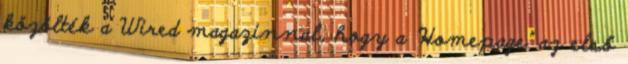
közölték a Wired magazinnal, hogy a "Homepage" az első